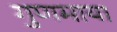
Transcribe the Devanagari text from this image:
गुणमाया